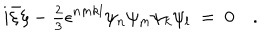
LaTeX: i \bar { \xi } \xi - { \textstyle { \frac 2 3 } } \epsilon ^ { n m k l } \psi _ { n } \psi _ { m } \psi _ { k } \psi _ { l } \ = \ 0 \quad .